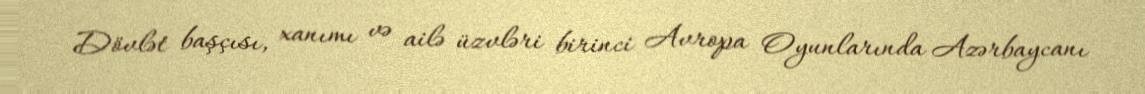
Dövlət başçısı, xanımı və ailə üzvləri birinci Avropa Oyunlarında Azərbaycanı